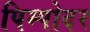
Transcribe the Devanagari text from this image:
पिम्पोदर